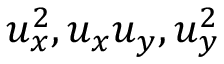
u _ { x } ^ { 2 } , u _ { x } u _ { y } , u _ { y } ^ { 2 }